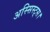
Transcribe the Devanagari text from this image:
अस्सिस्ट्स।